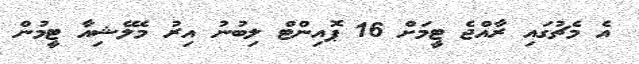
އެ މެޗުގައި ރާއްޖެ ޓީމަށް 16 ޕޮއިންޓް ލިބުނު އިރު މެލޭޝިއާ ޓީމުން